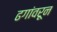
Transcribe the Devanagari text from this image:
ढगांवरून